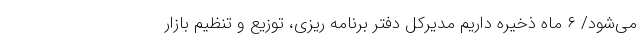
می‌شود/ ۶ ماه ذخیره داریم مدیرکل دفتر برنامه ریزی، توزیع و تنظیم بازار